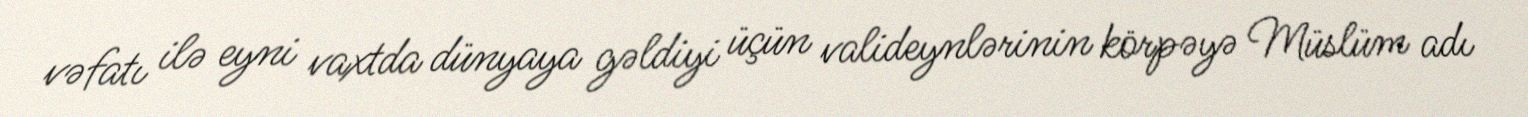
vəfatı ilə eyni vaxtda dünyaya gəldiyi üçün valideynlərinin körpəyə Müslüm adı